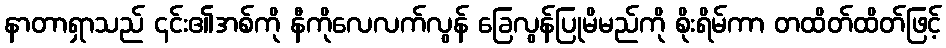
နာတာရှာသည် ၎င်း၏အစ်ကို နီကိုလေလက်လွန် ခြေလွန်ပြုမိမည်ကို စိုးရိမ်ကာ တထိတ်ထိတ်ဖြင့်